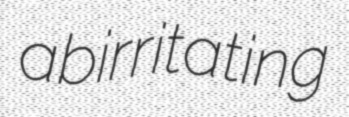
abirritating